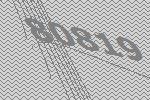
80819